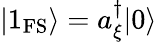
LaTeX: |1_{\mathrm{FS}}\rangle=a_{\xi}^{\dagger}|0\rangle